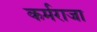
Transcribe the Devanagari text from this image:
कर्मराजा